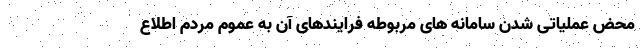
محض عملیاتی شدن سامانه های مربوطه فرایندهای آن به عموم مردم اطلاع